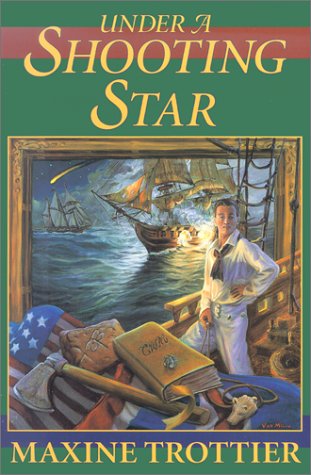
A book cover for Under a Shooting Star (The Circle of Silver Chronicles); Maxine Trottier; Teen & Young Adult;